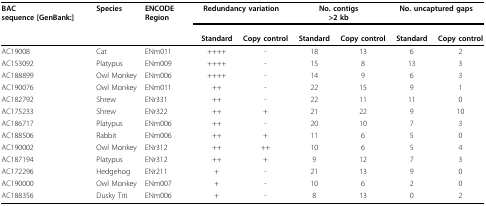
| BACsequence [GenBank:] | Species | ENCODE Region | <COLSPAN=2> Redundancy variation | <COLSPAN=2> No. contigs>2 kb | <COLSPAN=2> No. uncaptured gaps |
 |  |  |  | Standard | Copy control | Standard | Copy control | Standard | Copy control |
 | --- | --- | --- | --- | --- | --- | --- | --- | --- |
 | AC190087 | Cat | ENm011 | ++++ | - | 18 | 13 | 6 | 2 |
 | AC153092 | Platypus | ENm009 | ++++ | - | 15 | 8 | 13 | 3 |
 | AC188899 | Owl Monkey | ENm006 | ++++ | - | 14 | 9 | 6 | 3 |
 | AC190076 | Owl Monkey | ENm011 | ++ | - | 22 | 15 | 9 | 1 |
 | AC182792 | Shrew | ENr331 | ++ | - | 22 | 11 | 11 | 0 |
 | AC175233 | Shrew | ENr322 | ++ | + | 21 | 22 | 9 | 10 |
 | AC186717 | Platypus | ENm006 | ++ | - | 20 | 10 | 7 | 3 |
 | AC188506 | Rabbit | ENm006 | ++ | + | 11 | 6 | 5 | 0 |
 | AC190002 | Owl Monkey | ENr312 | ++ | ++ | 10 | 6 | 5 | 4 |
 | AC187194 | Platypus | ENr312 | ++ | + | 9 | 12 | 7 | 3 |
 | AC172296 | Hedgehog | ENr211 | + | - | 21 | 13 | 9 | 0 |
 | AC190000 | Owl Monkey | ENm007 | + | - | 10 | 6 | 2 | 0 |
 | AC188356 | Dusky Titi | ENm006 | + | - | 8 | 13 | 0 | 2 |